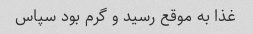
غذا به موقع رسید و گرم بود سپاس